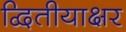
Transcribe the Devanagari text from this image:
द्वितीयाक्षर